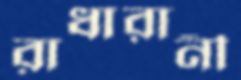
রাধারানী